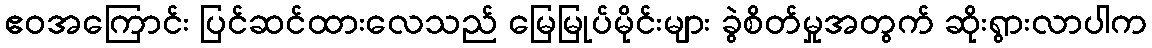
ဧဝအကြောင်း ပြင်ဆင်ထားလေသည် မြေမြုပ်မိုင်းများ ခွဲစိတ်မှုအတွက် ဆိုးရွားလာပါက